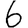
Digit: 6